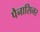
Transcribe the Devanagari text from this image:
पैनासिनर